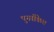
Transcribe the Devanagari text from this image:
पुनर्संकेत